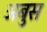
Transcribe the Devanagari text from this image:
अबुस